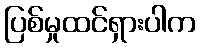
ပြစ်မှုထင်ရှားပါက